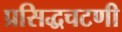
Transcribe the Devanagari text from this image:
प्रसिद्धचटणी